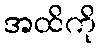
အထိကို